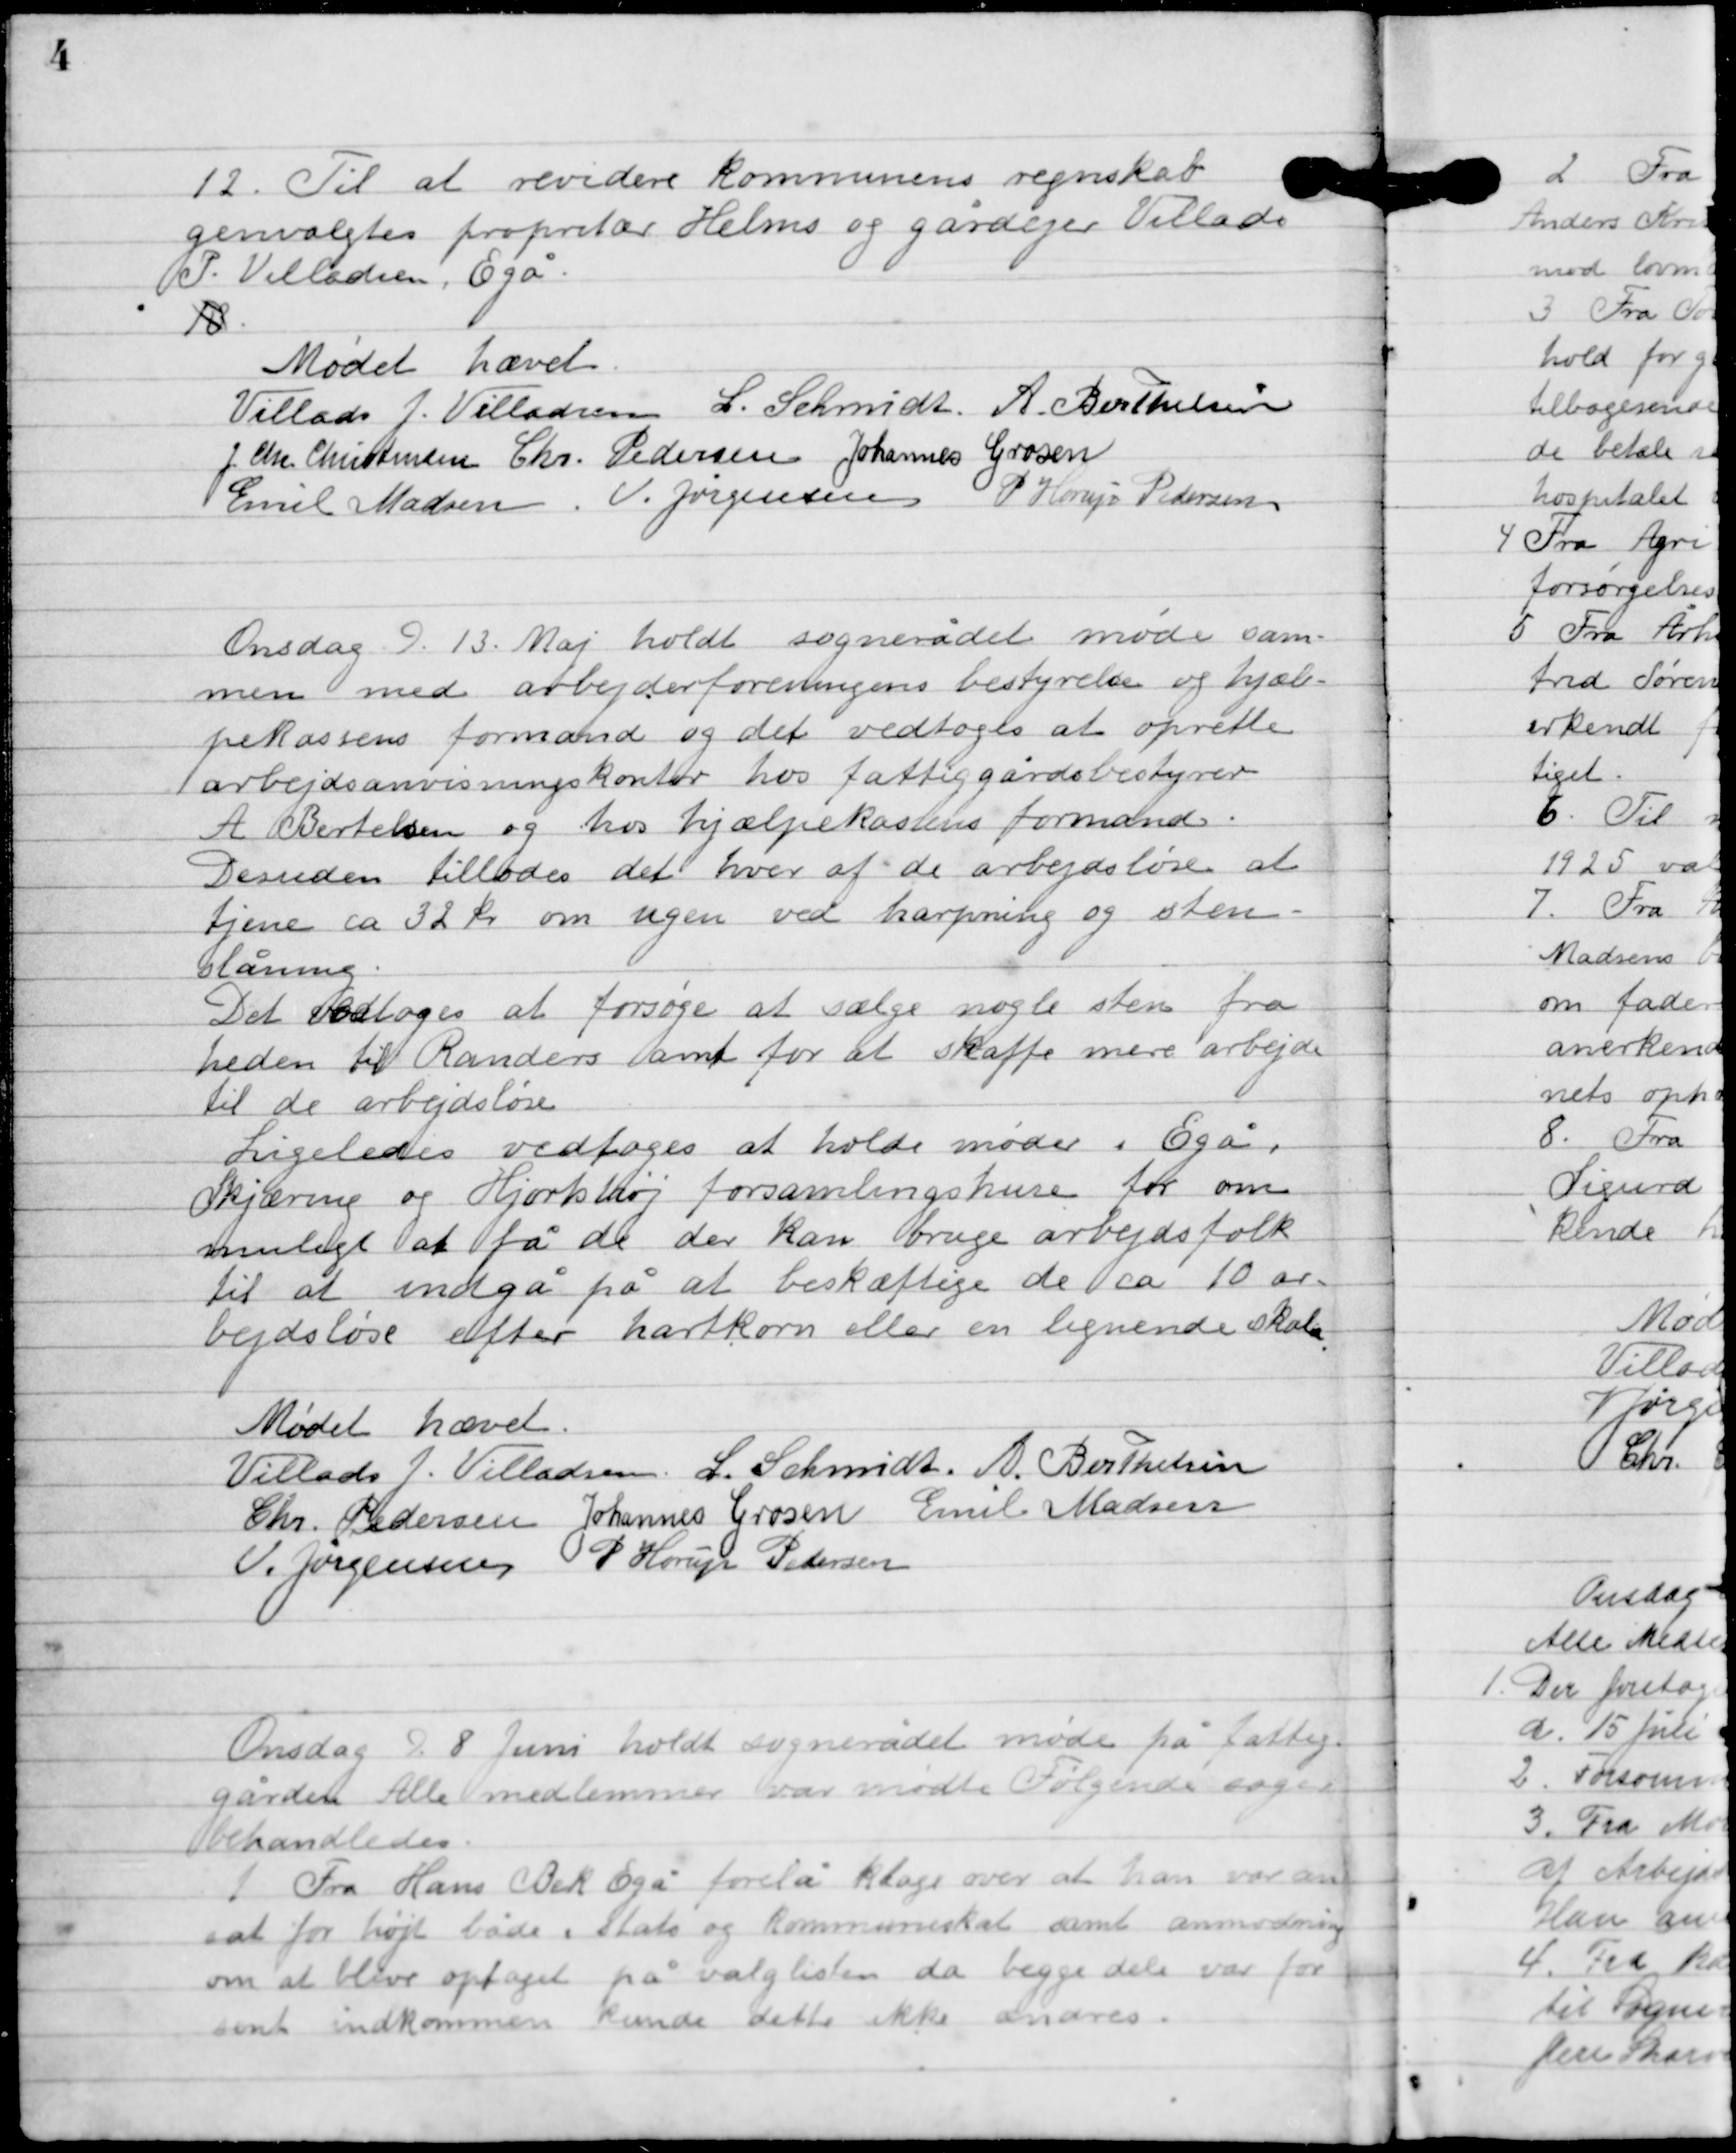
Transskription:
12

Til at revider kommunens regnskab
genvalgtes proprietær Helms og gårdejer Villads
P. Villadsen, Egå.

13

Mødet hævet

Villads J. Villadsen
L. Schmidt
A. Berthelsen
J. Ch. Christensen
Chr. Pedersen
Johannes Grosen
Emil Madsen
V. Jørgensen
P. Horup Pedersen

Onsdag d. 13. Maj 1921 holdt sognerådet møde sam-
men med arbejdsfordelingens bestyrelse og hjæl-
pekassens formand og det vedtoges at oprette
1 arbejdsanvisningskontor hos fattiggårds bestyrer
A. Bertelsen og hos hjælpeklassens formand.
Desuden tillodes det hver af de arbejdsløse at
tjene ca. 32 kr. om ugen ved harpning og sten-
slåning.
Det vedtoges at forsøge at sælge nogle sten fra
Heden til Randers amt for at skaffe mere arbejde
til de arbejdsløse.
Ligeledes vedtoges at holde møde i Egå,
Skæring og Hjortshøj forsamlingshuse for om
muligt at få de der kan bruge arbejdsfolk
til at indgå på at beskæftige de ca. 10 ar-
bejdsløse efter hartkorn eller en lignende skala.

Mødet hævet.

Villads J. Villadsen
L. Schmidt
A. Berthelsen
Chr. Pedersen
Johannes Grosen
Emil Madsen
V. Jørgensen
P. Horup Pedersen

Onsdag d. 8. Juni holdt sognerådet måde på fattig-
gården. Alle medlemmer var mødte. Følgende sager
behandles.

1

Fra Hans Bak Egå forelå klage over at han var an-
sat for højt bøde i Stats og Kommuneskat samt anmodning
om at blive optaget på valglisten da begge dels var for
sent indkommen kunne dette ikke ændres.